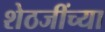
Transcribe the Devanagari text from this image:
शेठजींच्या